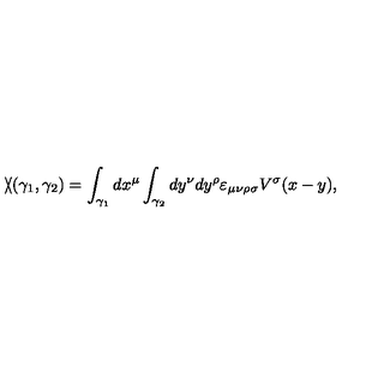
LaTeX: \backslash \! \! \! \slash ( \gamma _ { 1 } , \gamma _ { 2 } ) = \int _ { \gamma _ { 1 } } d x ^ { \mu } \int _ { \gamma _ { 2 } } d y ^ { \nu } d y ^ { \rho } \varepsilon _ { \mu \nu \rho \sigma } V ^ { \sigma } ( x - y ) ,